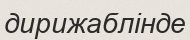
дирижаблінде